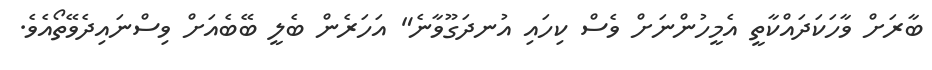
ބާރަށް ވާހަކަދައްކާތީ އެމީހުންނަށް ވެސް ކިހައި އުނދަގޫވާނެ" އަހަރެން ބެލީ ބޭބެއަށް ވިސްނައިދެވޭތޯއެވެ.